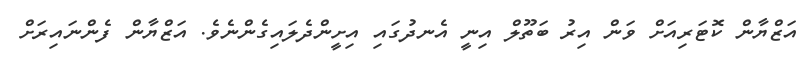
އަޒްޔާން ކޮޓަރިއަށް ވަން އިރު ބަތޫލް އިނީ އެނދުގައި އިށީންދެލައިގެންނެވެ. އަޒްޔާން ފެންނައިރަށް